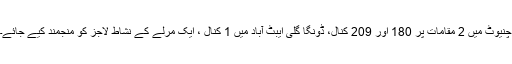
چنیوٹ میں 2 مقامات پر 180 اور 209 کنال، ڈونگا گلی ایبٹ آباد میں 1 کنال ، ایک مرلے کے نشاط لاجز کو منجمند کیے جائے۔